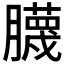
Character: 𱼢